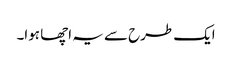
ایک طرح سے یہ اچھا ہوا۔